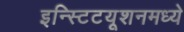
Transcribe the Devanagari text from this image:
इन्स्टिटयूशनमध्ये